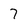
Character: 7